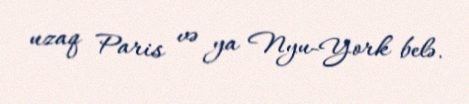
uzaq Paris və ya Nyu-York belə.